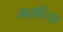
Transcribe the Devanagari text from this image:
मराठिया